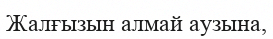
Жалғызын алмай аузына,